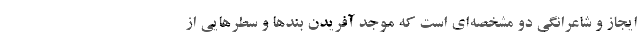
ايجاز و شاعرانگي دو مشخصه‌اي است كه موجد آفريدن بندها و سطرهايي از